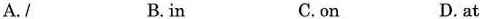
A./ B.in C.on D. at